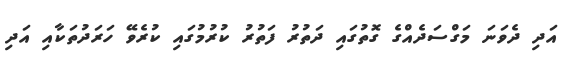
އަދި ދެވަނަ މަގްސަދެއްގެ ގޮތުގައި ދަތުރު ފަތުރު ކުރުމުގައި ކުރެވޭ ހަރަދުތަކާއި އަދި